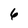
Character: 6